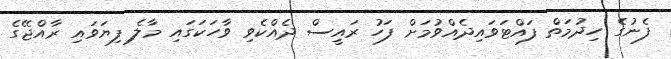
ފެނުގެ ހިދުމަތް ފައްޓަވައިދެއްވުމަށް ފަހު ރައީސް ދެއްކެވި ވާހަކަގައި މާލެ ފިޔަވައި ރާއްޖޭގެ